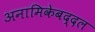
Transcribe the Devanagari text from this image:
अनामिकेबद्दल